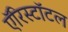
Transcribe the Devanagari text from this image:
ऍरिस्टॉटल